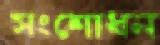
সংশোধন